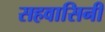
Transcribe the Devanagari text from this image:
सहवासिनी